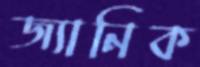
জ্যানিক